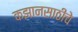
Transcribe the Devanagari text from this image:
कझानसाठीचे